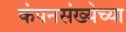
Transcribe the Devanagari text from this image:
कंपनसंख्येच्या